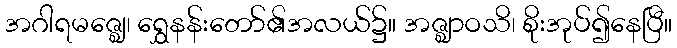
အဂါရမဇ္ဈေ၊ ရွှေနန်းတော်၏အလယ်၌။ အဇ္ဈာဝသိ၊ စိုးအုပ်၍နေပြီ။